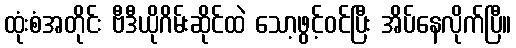
ထုံးစံအတိုင်း ဗီဒီယိုဂိမ်းဆိုင်ထဲ သော့ဖွင့်ဝင်ပြီး အိပ်နေလိုက်ပြီ။